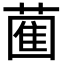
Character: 𮐩